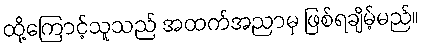
ထို့ကြောင့်သူသည် အထက်အညာမှ ဖြစ်ရချိမ့်မည်။